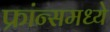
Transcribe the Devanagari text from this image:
फ्रांन्समध्ये